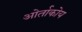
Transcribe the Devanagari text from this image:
ओर्ताकोय